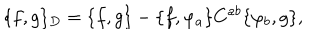
\{ f , g \} _ { D } = \{ f , g \} - \{ f , \varphi _ { a } \} C ^ { a b } \{ \varphi _ { b } , g \} ,